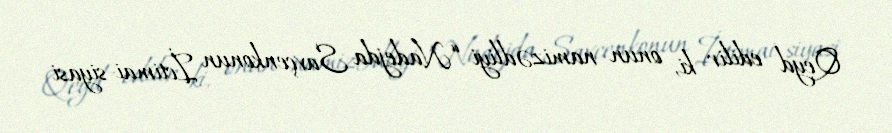
Qeyd edilir ki, onun namizədliyi “Nadejda Savçenkonun İctimai-siyasi